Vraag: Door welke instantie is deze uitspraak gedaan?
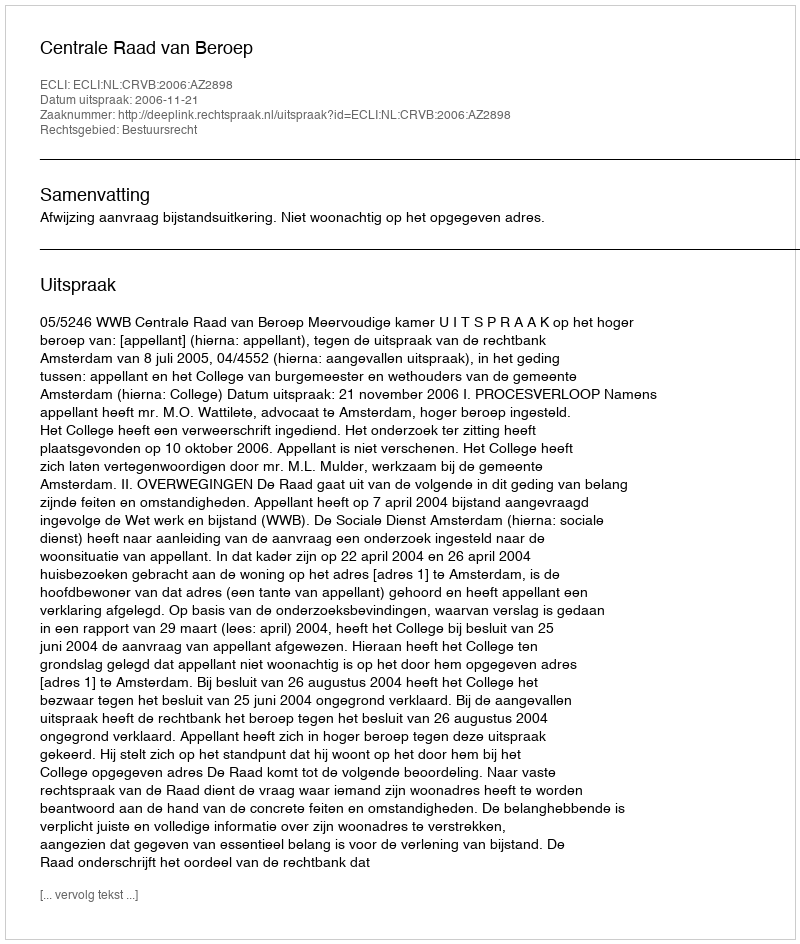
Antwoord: Centrale Raad van Beroep